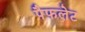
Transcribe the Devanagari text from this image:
पैफलेट